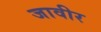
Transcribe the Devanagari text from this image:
जावीर